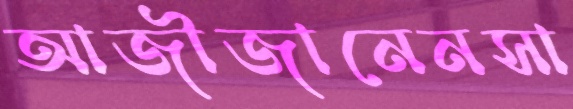
আজীজানেনসা